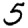
Digit: 5